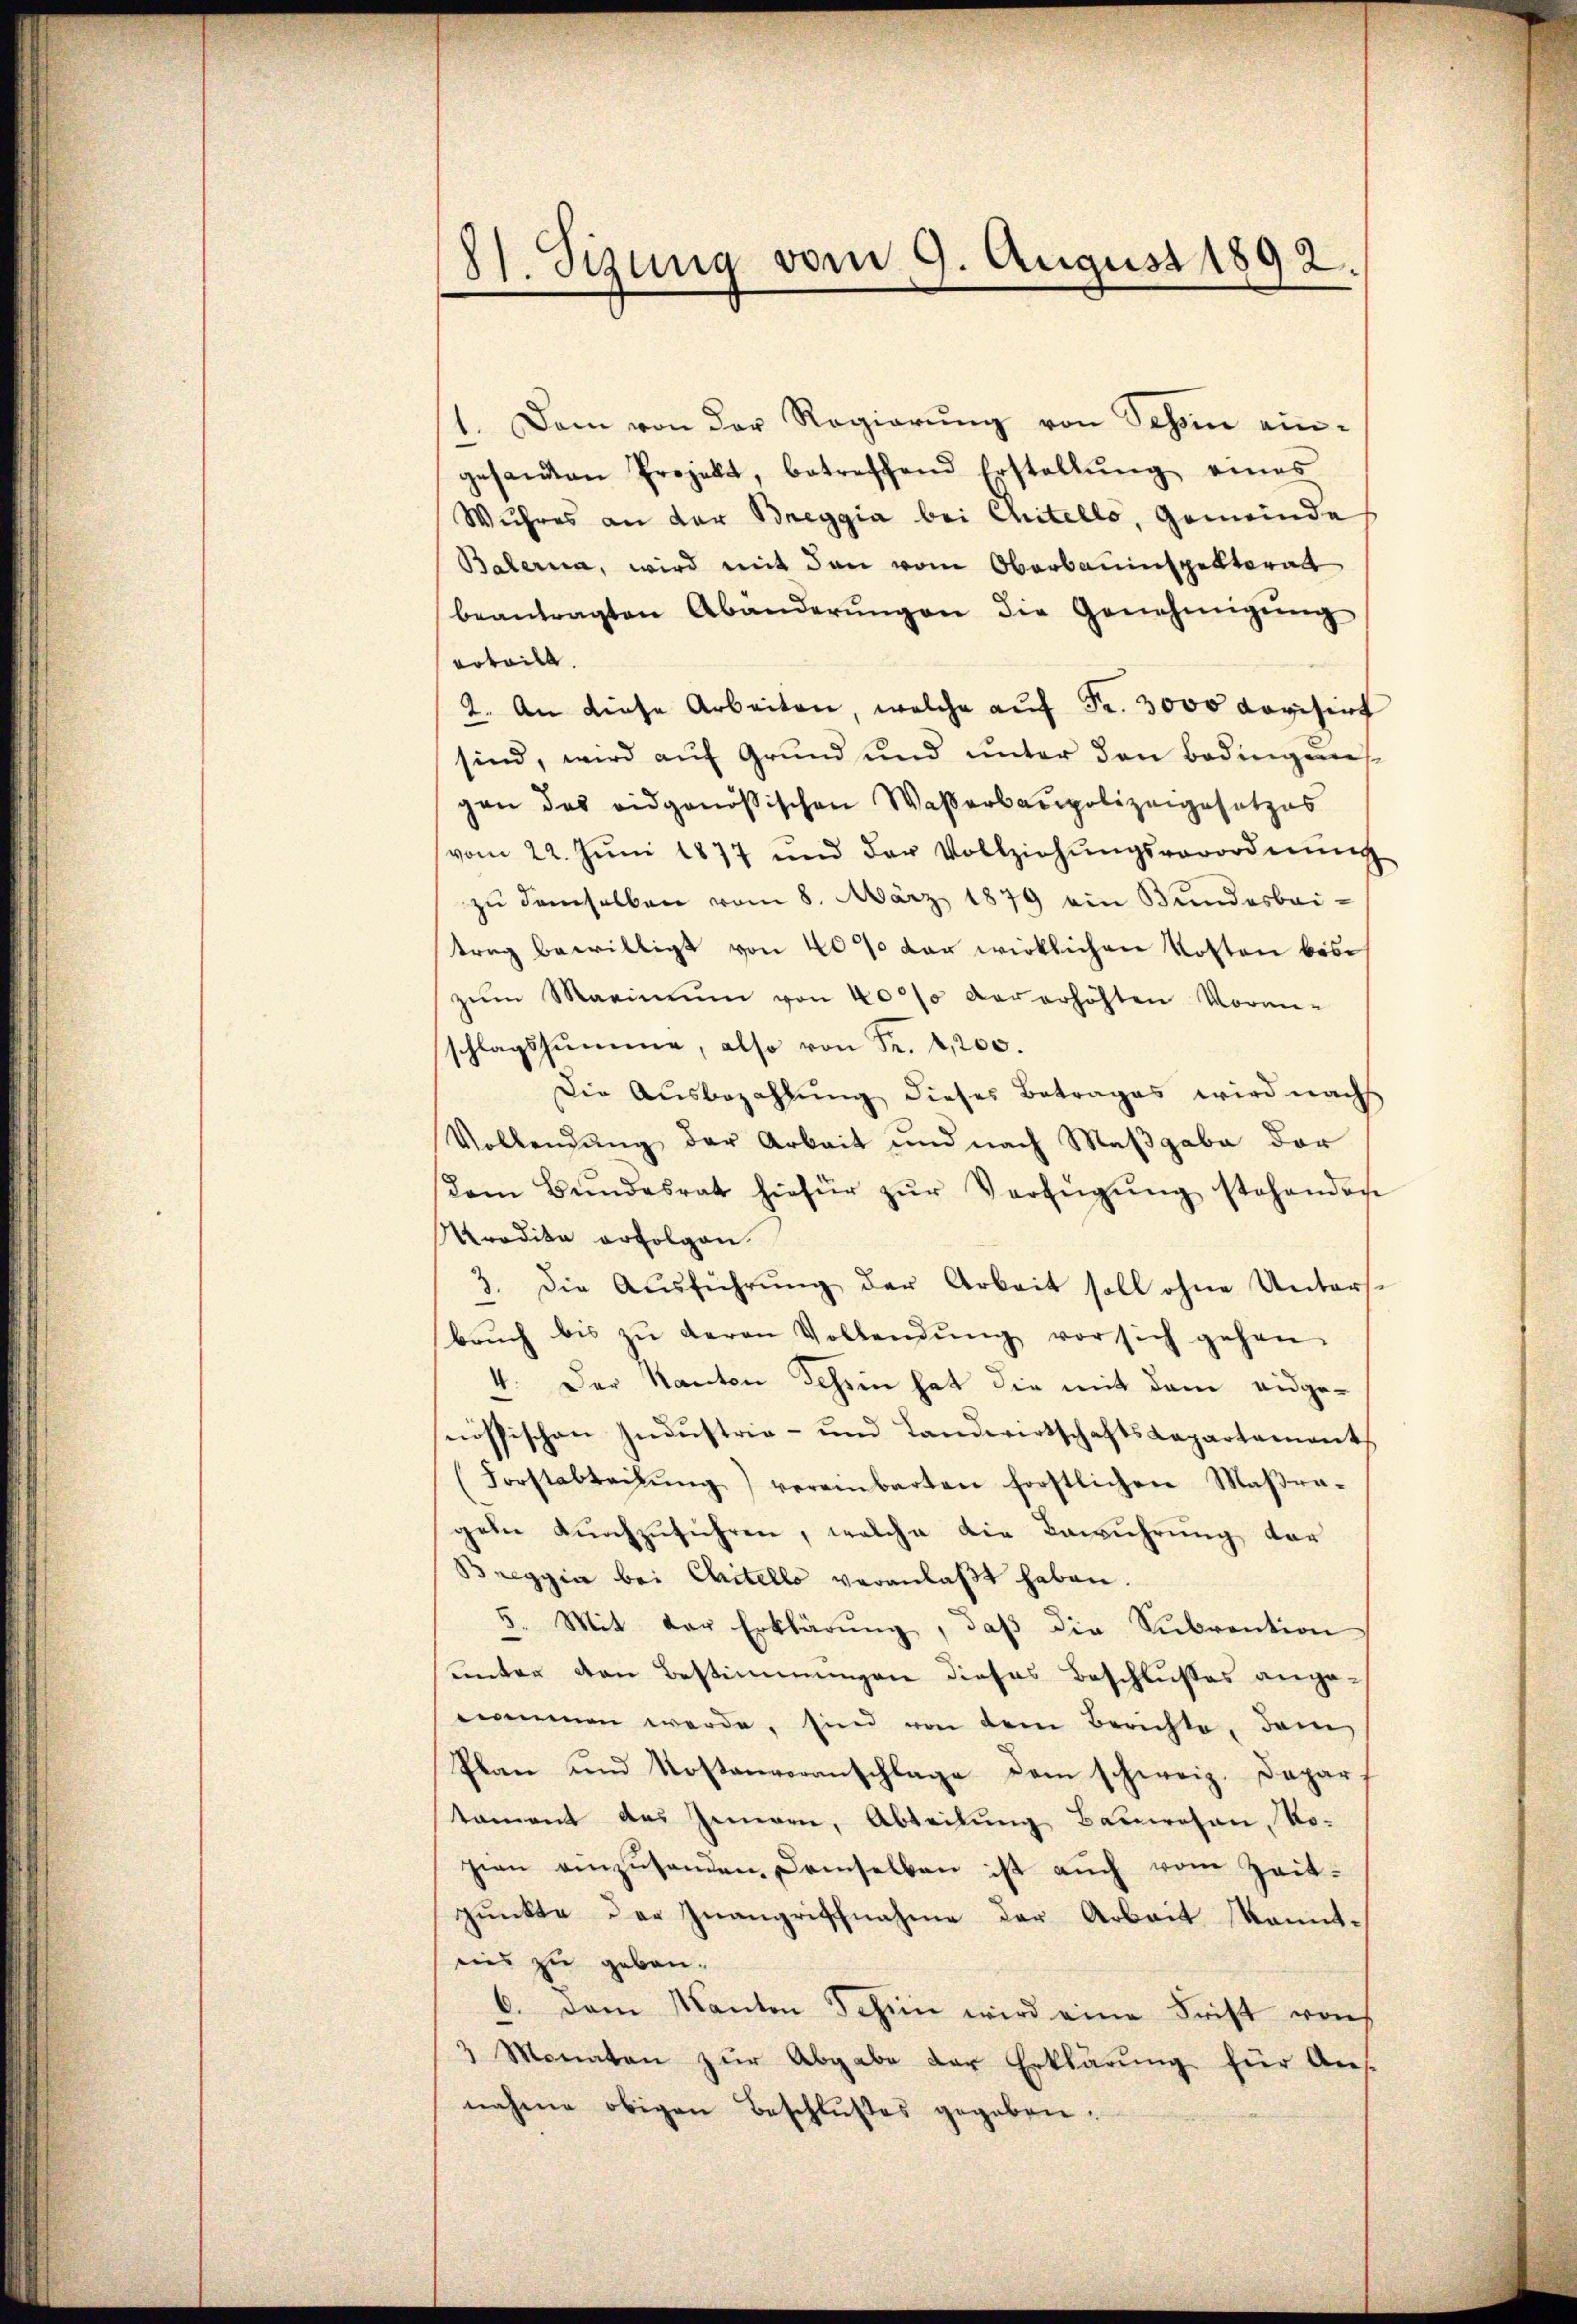
81. Sizung vom 9. August 1892.

1. Dem von der Regierŭng von Schon ein-
gesandten Projekt, betreffend Erstellŭng eines
Wuhres an der Breggia bei Chitello, Gemeinde
Balerna, wird mit den vom Oberbauinspektorat
beantragten Abänderŭngen die Genehmigŭng
erteilt.
2. An diese Arbeiten, welche auf Fr. 3000 Rovisirt
sind, wird aŭf Grŭnd und ŭnter den Bedingŭn
gen des eidgenößischen Waßerbaupolizeigesetzes
vom 22. Jŭni 1877 und der Vollziehŭngsverordnŭng
zŭ demselben vom 8. März 1879 ein Bundesbai
trag bewilligt von 40% der wirklichen Kosten bes
zŭm Maximum von 40% der erhöhten Voran-
schlagssumme, also von Fr. 4,200.
Die Ausbezahlung dieses Betrages wird nachs
Vollendŭng der Arbeit und nach Maβgabe der
sem Bŭndesrat hiefür zŭr Verfügŭng stehenden
Mradita erfolgen.
3. Die Ausführung der Arbeit soll ohne Untersbrŭch bis zŭ daran Vollendŭng vor sich gehen.
4. Der Kanton Schein hat die mit dem eidgesnössischen Industrie- und LandwirtschaftsCapartament
(Forstabteilŭng vereinbarten forstlichen Maβra-
gebe durchzuführen, welche die Bewuhrung vor
Breggia bei Chitello veranlaßt haben
5. Mit der Erklärung, daß die Subvention
unter den Bestimmungen dieses Beschlußes angenommen werde, sind von dem Berichte, dem
Plan und Kostenvoranschlage dem schweiz. Depar
tament des Innern, Abteilung Bauwesen, Rosien einzŭsenden, demselben ist auch vom Zeit-
punkte der Inangriffnahme der Arbeit kanntnis zu gebau¬
6. Dem Kanton Schein wird eine Frist von
3 Monaten zŭr Abgabe der Erklärŭng für Ans
nahme obigen Beschlußes gegeben.